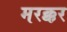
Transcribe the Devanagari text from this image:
मरक्कर